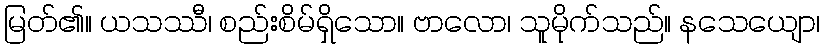
မြတ်၏။ ယသဿီ၊ စည်းစိမ်ရှိသော။ ဗာလော၊ သူမိုက်သည်။ နသေယျော၊